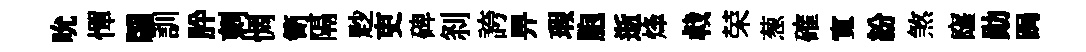
吮憚牖訓肸刺惆笥隔尟吏碑𠛴誇畀瑕胞逝烽㦸荣葱確寬紛煞窿勛跼